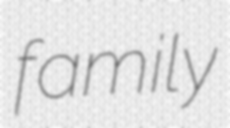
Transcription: family